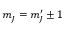
m _ { J } = m _ { J } ^ { \prime } \pm 1